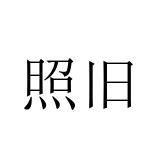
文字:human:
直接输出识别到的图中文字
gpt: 照旧